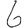
Digit: 6